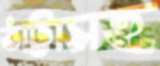
ঠাট্টাসহ